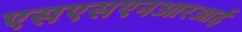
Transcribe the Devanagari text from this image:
एसएसएनआरआई